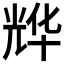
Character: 𱏩